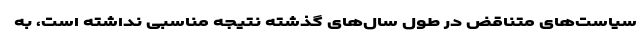
سیاست‌های متناقض در طول سال‌های گذشته نتیجه مناسبی نداشته است، به